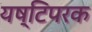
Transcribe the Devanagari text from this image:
यष्टिपरक